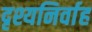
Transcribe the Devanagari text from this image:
दृश्यनिर्वाह